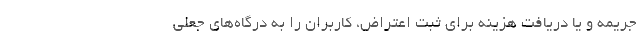
جریمه و یا دریافت هزینه برای ثبت اعتراض، کاربران را به درگاه‌های جعلی